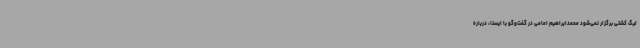
لیگ کشتی برگزار نمی‌شود محمدابراهیم امامی در گفت‌وگو با ایسنا، درباره